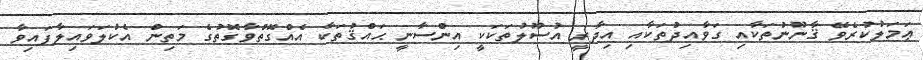
ޢަމަލުކުރެވޭ ޤާނޫނުތަކާއި ގަވާއިދުތަކާއި އިދާރީ އުސޫލުތަކަކީ އިންސާނީ ޙައްޤުތަކާ އެއްގޮތްވާގޮތުގެ މަތިން އެކުލަވައިލާފައިވާ